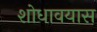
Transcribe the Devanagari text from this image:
शोधावयास